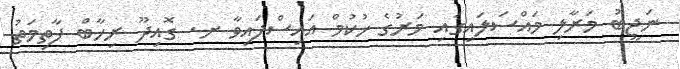
ނަޖީބު މަރާލި މައްސަލައިގައި މަރުގެ ހުކުމް އައިސްފައިވާ ށ. ގޮއިދޫ ރިހާބް ފާތިމަތު